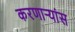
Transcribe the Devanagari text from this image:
करणाऱ्यांस